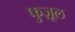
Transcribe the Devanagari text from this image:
फुज़ूल